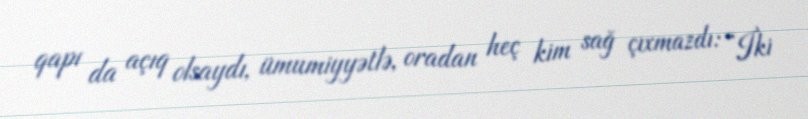
qapı da açıq olsaydı, ümumiyyətlə, oradan heç kim sağ çıxmazdı: “İki